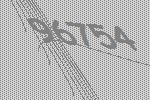
96754